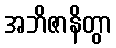
အဘိဇာနိတွာ